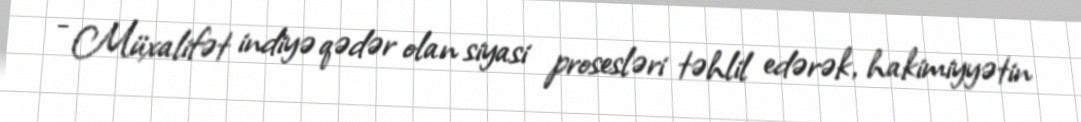
- Müxalifət indiyə qədər olan siyasi prosesləri təhlil edərək, hakimiyyətin